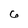
Character: 6